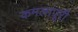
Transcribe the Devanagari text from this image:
कमलापूरी